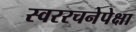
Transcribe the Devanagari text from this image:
स्वररचनेपेक्षा